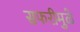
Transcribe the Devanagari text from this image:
सफरीमुळे